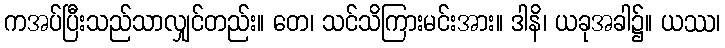
ကအပ်ပြီးသည်သာလျှင်တည်း။ တေ၊ သင်သိကြားမင်းအား။ ဒါနိ၊ ယခုအခါ၌။ ယဿ၊